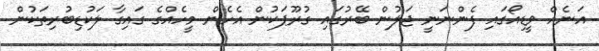
އަނެއް ވީޑިއޯގައި ފެންނަނީ ޖަލުން ބޭރުގައި ގުރޫޕަކުން އެހެން މީހެއްގެ ގައިގާ ލަކުޑިބުރިތަކުން